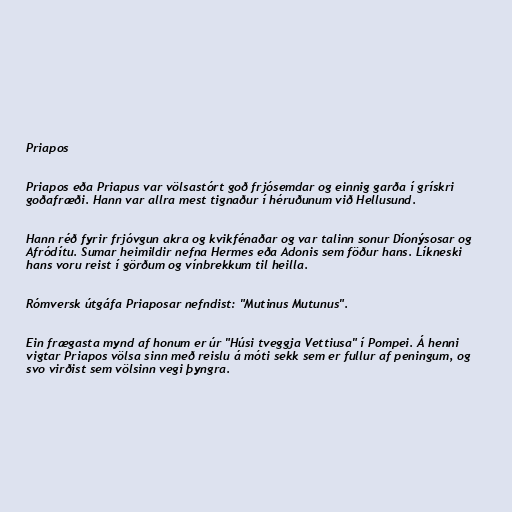
Priapos

Priapos eða Priapus var völsastórt goð frjósemdar og einnig garða í grískri
goðafræði. Hann var allra mest tignaður í héruðunum við Hellusund.

Hann réð fyrir frjóvgun akra og kvikfénaðar og var talinn sonur Díonýsosar og
Afródítu. Sumar heimildir nefna Hermes eða Adonis sem föður hans. Líkneski
hans voru reist í görðum og vínbrekkum til heilla.

Rómversk útgáfa Priaposar nefndist: "Mutinus Mutunus".

Ein frægasta mynd af honum er úr "Húsi tveggja Vettiusa" í Pompei. Á henni
vigtar Priapos völsa sinn með reislu á móti sekk sem er fullur af peningum, og
svo virðist sem völsinn vegi þyngra.